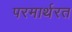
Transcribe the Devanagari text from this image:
परमार्थरत